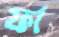
ফা